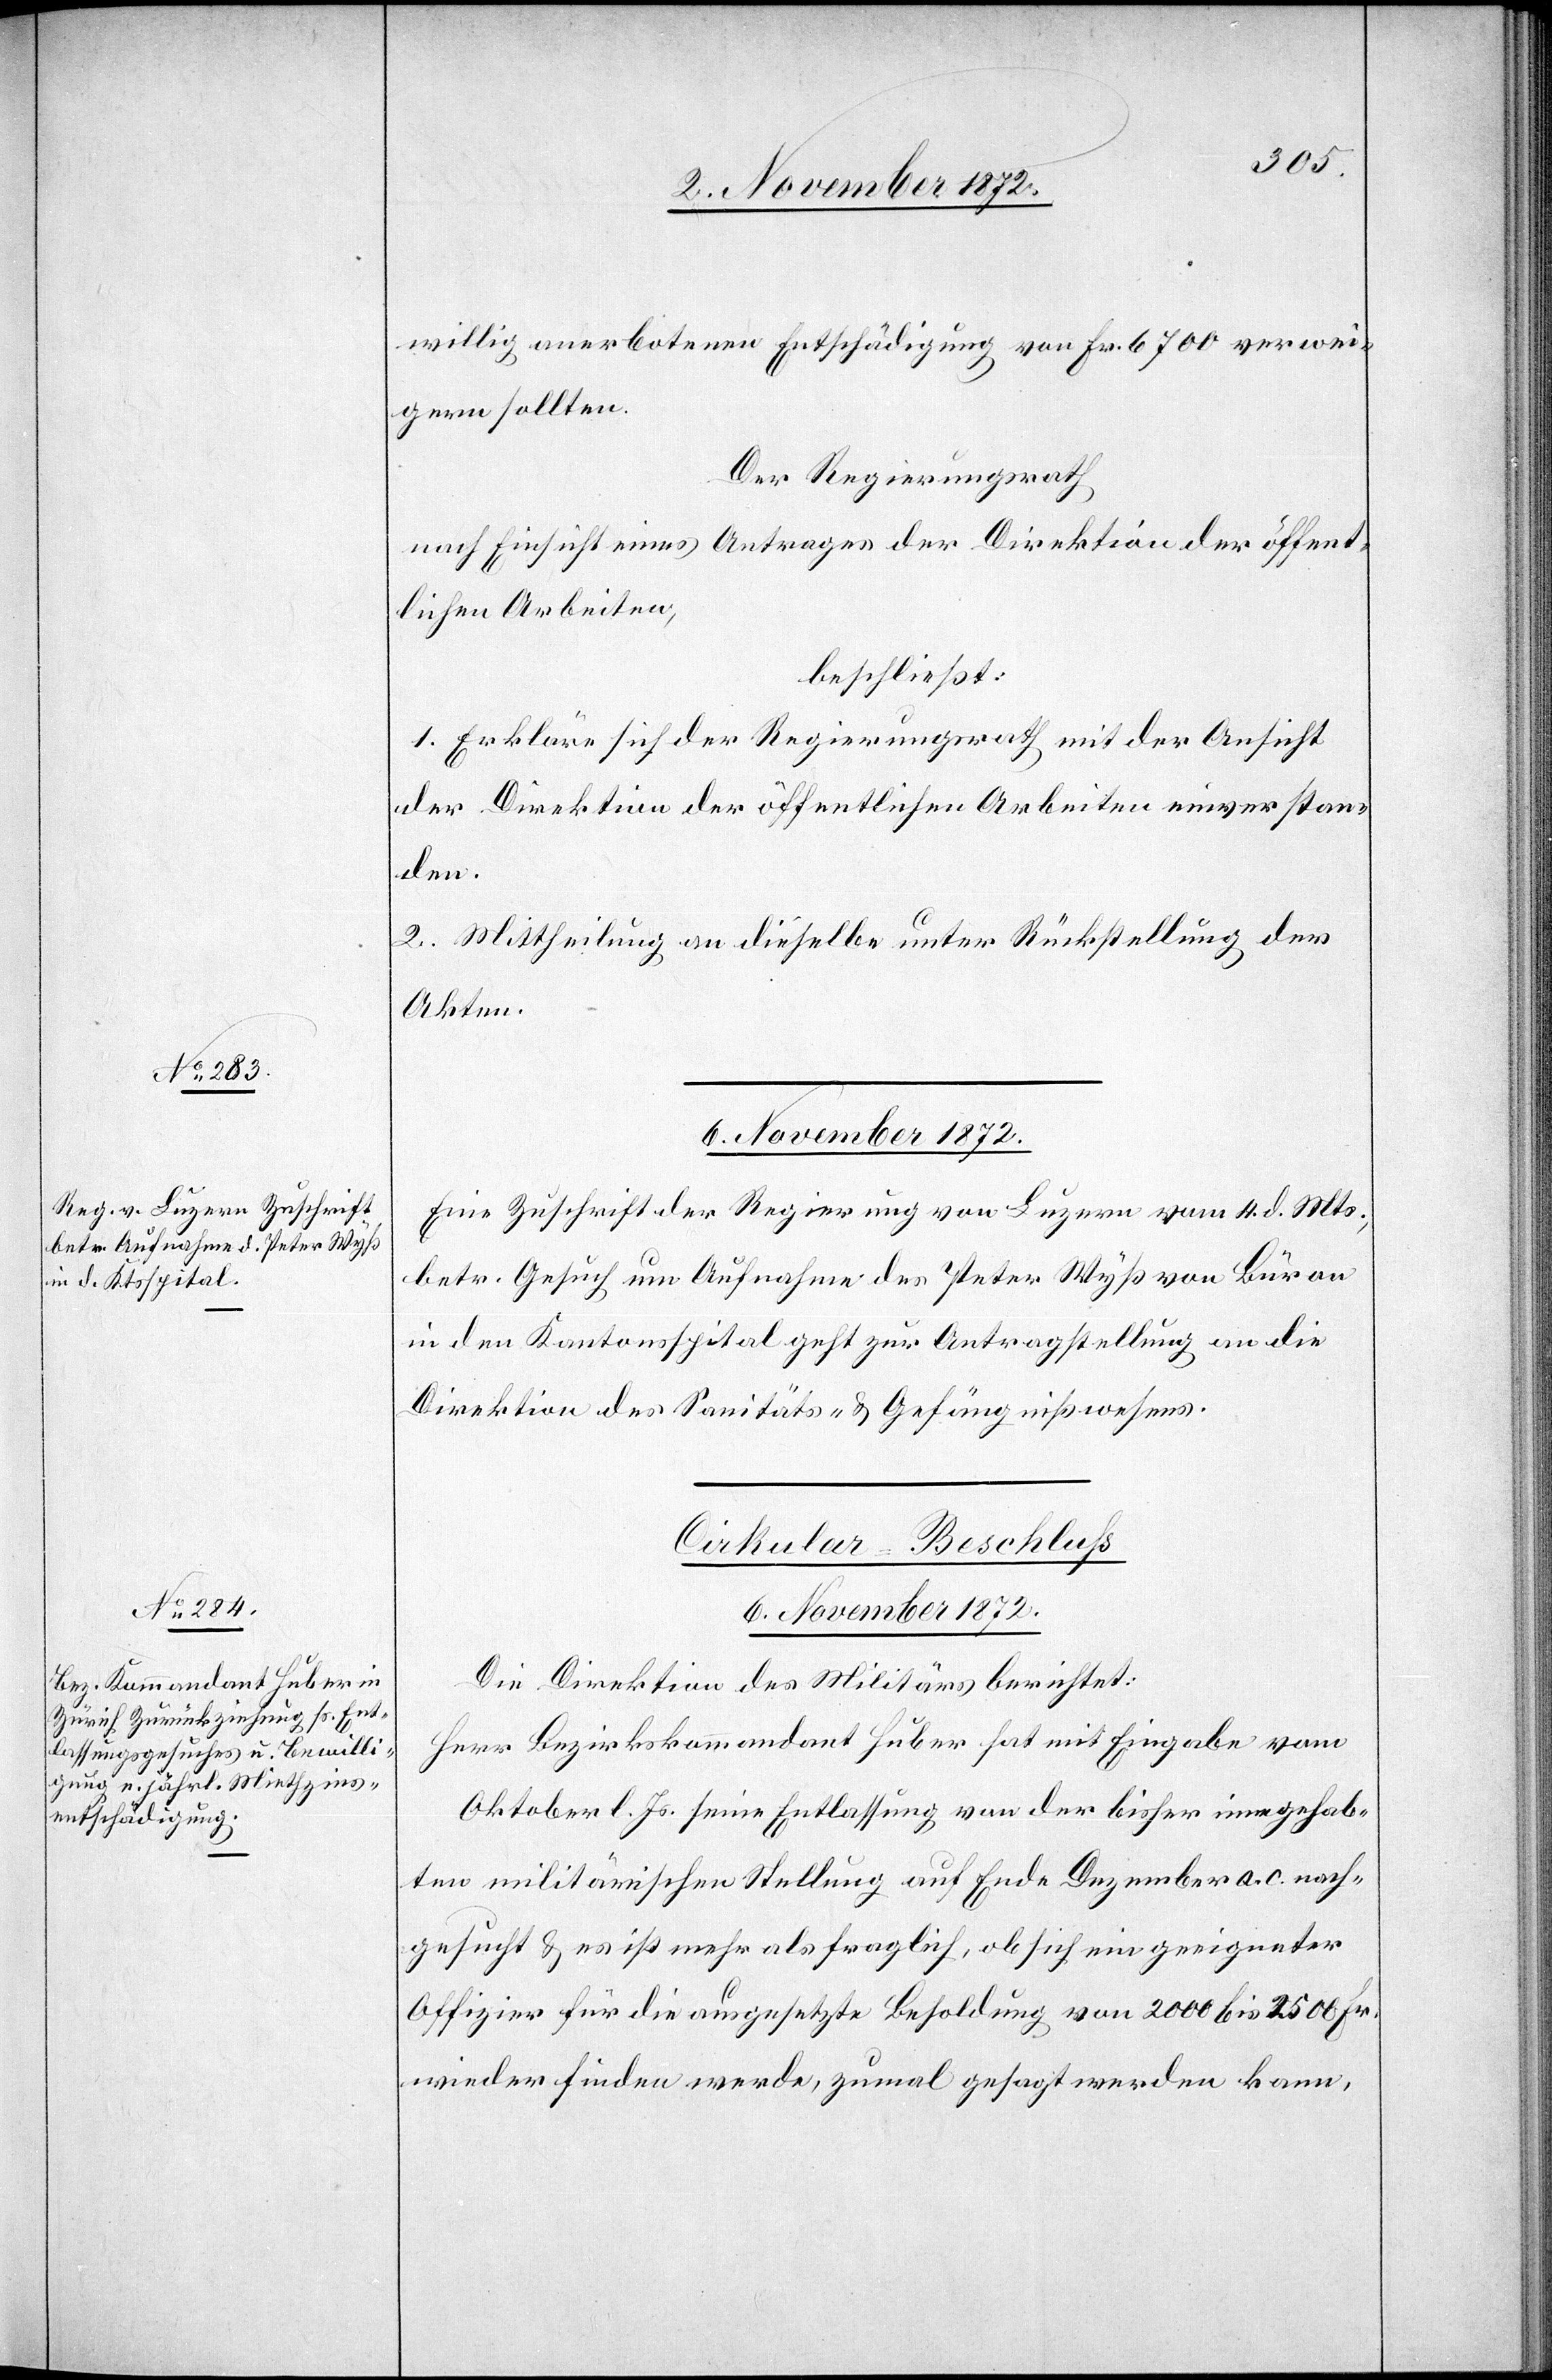
6. November 1872.
willig anerbotenen Entschädigung von Fr. 6700 verwei¬
gern sollten.
Der Regierungsrath
nach Einsicht eines Antrages der Direktion der öffent¬
lichen Arbeiten,
beschließt:
1. Erkläre sich der Regierungsrath mit der Ansicht
der Direktion der öffentlichen Arbeiten einverstan¬
den.
2. Mittheilung an dieselbe unter Rückstellung der
Akten.
Eine Zuschrift der Regierung von Luzern vom 4. d. Mts.,
betr. Gesuch um Aufnahme des Peter Wyß von Büron
in den Kantonsspital geht zur Antragstellung an die
Direktion des Sanitäts- u. Gefängnißwesens.
Cirkular-Beschluss
6. November 1872.
Die Direktion des Militärs berichtet:
Herr Bezirkskommandant Huber hat mit Eingabe vom
Oktober l. Js. [um] seine Entlassung von der bisher innegehab¬
ten militärischen Stellung auf Ende Dezember a. c. nach¬
gesucht u. es ist mehr als fraglich, ob sich ein geeigneter
Offizier für die ausgesetzte Besoldung von 2000 bis 2500 Fr.
wieder finden werde, zumal gesagt werden kann,